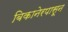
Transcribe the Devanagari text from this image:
बिकानेरपासून